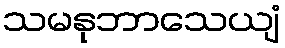
သမနုဘာသေယျံ